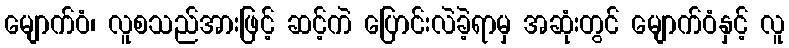
မျောက်ဝံ၊ လူစသည်အားဖြင့် ဆင့်ကဲ ပြောင်းလဲခဲ့ရာမှ အဆုံးတွင် မျောက်ဝံနှင့် လူ